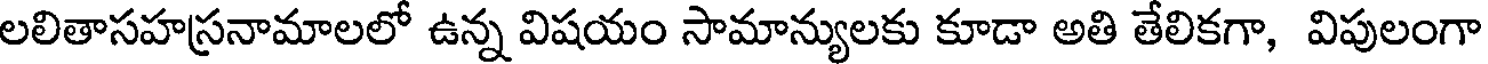
లలితాసహస్రనామాలలో ఉన్న విషయం సామాన్యులకు కూడా అతి తేలికగా, విపులంగా